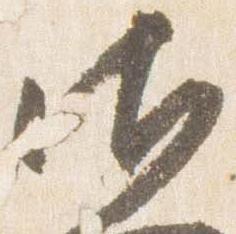
御